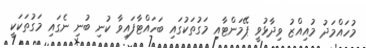
މުހައްމަދު މުއިއްޒު ވިދާޅުވީ ޕޭމަންޓާއި މަގުތަކުގައި ބަހައްޓާފައިވާ ކުނި ބުނި ނެގައި މަގުތަކަކީ